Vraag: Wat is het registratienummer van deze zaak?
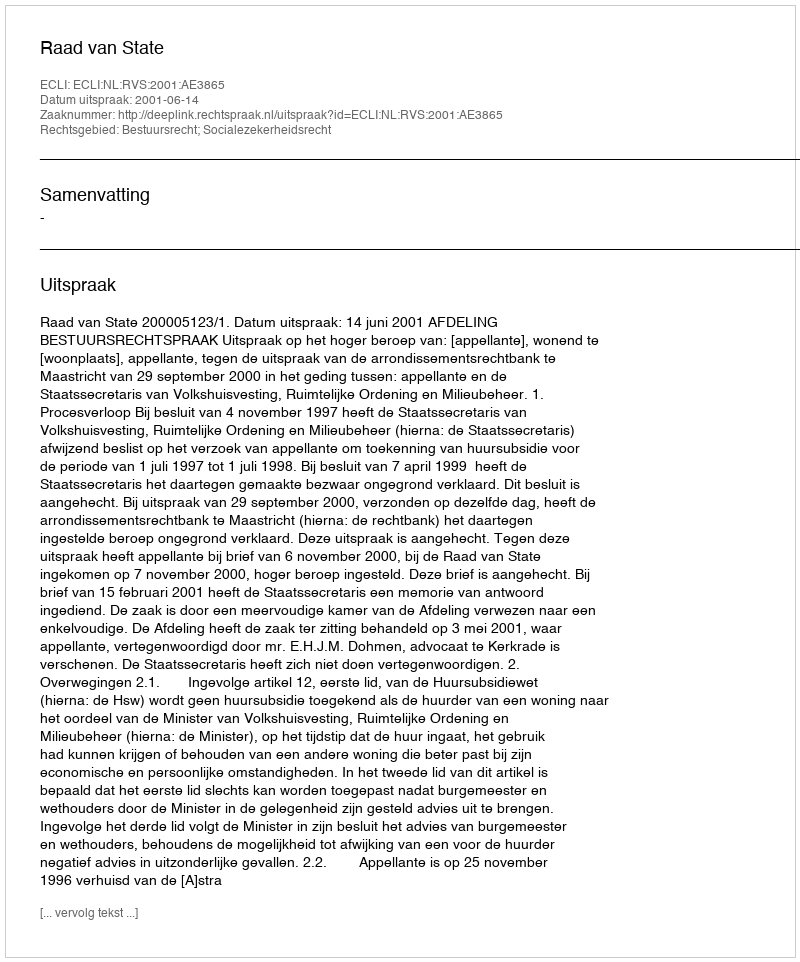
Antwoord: http://deeplink.rechtspraak.nl/uitspraak?id=ECLI:NL:RVS:2001:AE3865